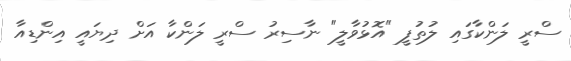
ސްރީ ލަންކާގައި ލުތުފީ "އޮޅުވާލީ" ނާސިރު ސްރީ ލަންކާ އަށް ދިޔައީ އިންޑިއާ